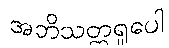
အဘိသတ္တရူပေါ